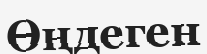
Өңдеген